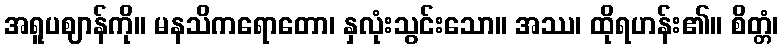
အရူပဈာန်ကို။ မနသိကရောတော၊ နှလုံးသွင်းသော။ အဿ၊ ထိုရဟန်း၏။ စိတ္တံ၊